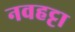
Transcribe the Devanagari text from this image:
नवहट्टा